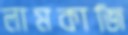
লামকাজি